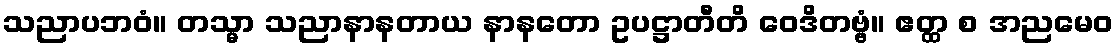
သညာပဘဝံ။ တသ္မာ သညာနာနတာယ နာနတော ဥပဋ္ဌာတီတိ ဝေဒိတဗ္ဗံ။ ဧတ္ထ စ အညမေဝ